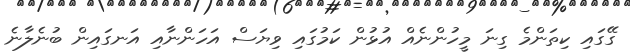
ގޭގައި ކިތަންމެ ގިނަ މީހުންނެއް އުޅުން ކަމުގައި ވިޔަސް އަހަންނާއި އަނގައިން ބުނެލާނެ